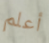
أعلم